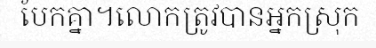
បែកគ្នា។លោកត្រូវបានអ្នកស្រុក